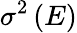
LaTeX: \sigma^{2}\left(E\right)